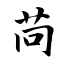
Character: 苘